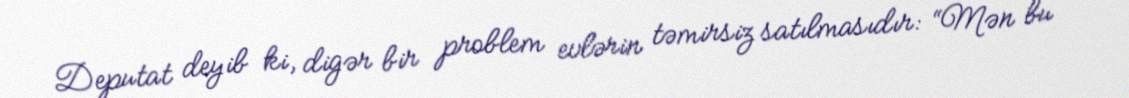
Deputat deyib ki, digər bir problem evlərin təmirsiz satılmasıdır: “Mən bu